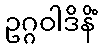
ဥဂ္ဂဝါဒိနိံ